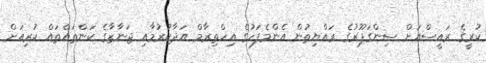
ކުރީގެ ރައީސްއަށް ސިންގަޕޫރުގެ ރައްޔިތުން އެންމެފަހުގެ އިހްތިރާމް އަދާކުރުމާއި ޖަނާޒާގެ ކަންތައްތައް ކުރިއަށް